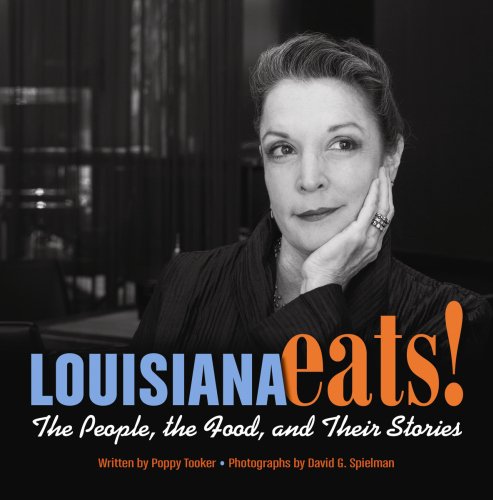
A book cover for Louisiana Eats!: The People, the Food, and Their Stories; Poppy Tooker; Cookbooks, Food & Wine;